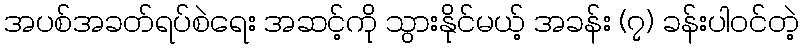
အပစ်အခတ်ရပ်စဲရေး အဆင့်ကို သွားနိုင်မယ့် အခန်း (၇) ခန်းပါဝင်တဲ့